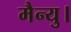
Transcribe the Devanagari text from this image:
मैन्यु।